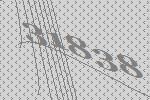
31838